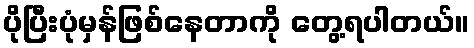
ပိုပြီးပုံမှန်ဖြစ်နေတာကို တွေ့ရပါတယ်။